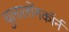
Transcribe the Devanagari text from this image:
चुलालोंगकॉर्न